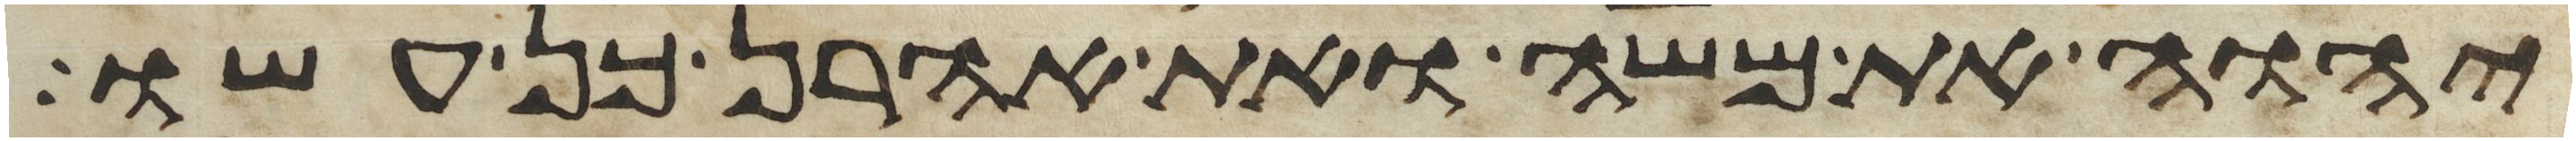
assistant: יהוה את משה ואת אהרן כן עשו